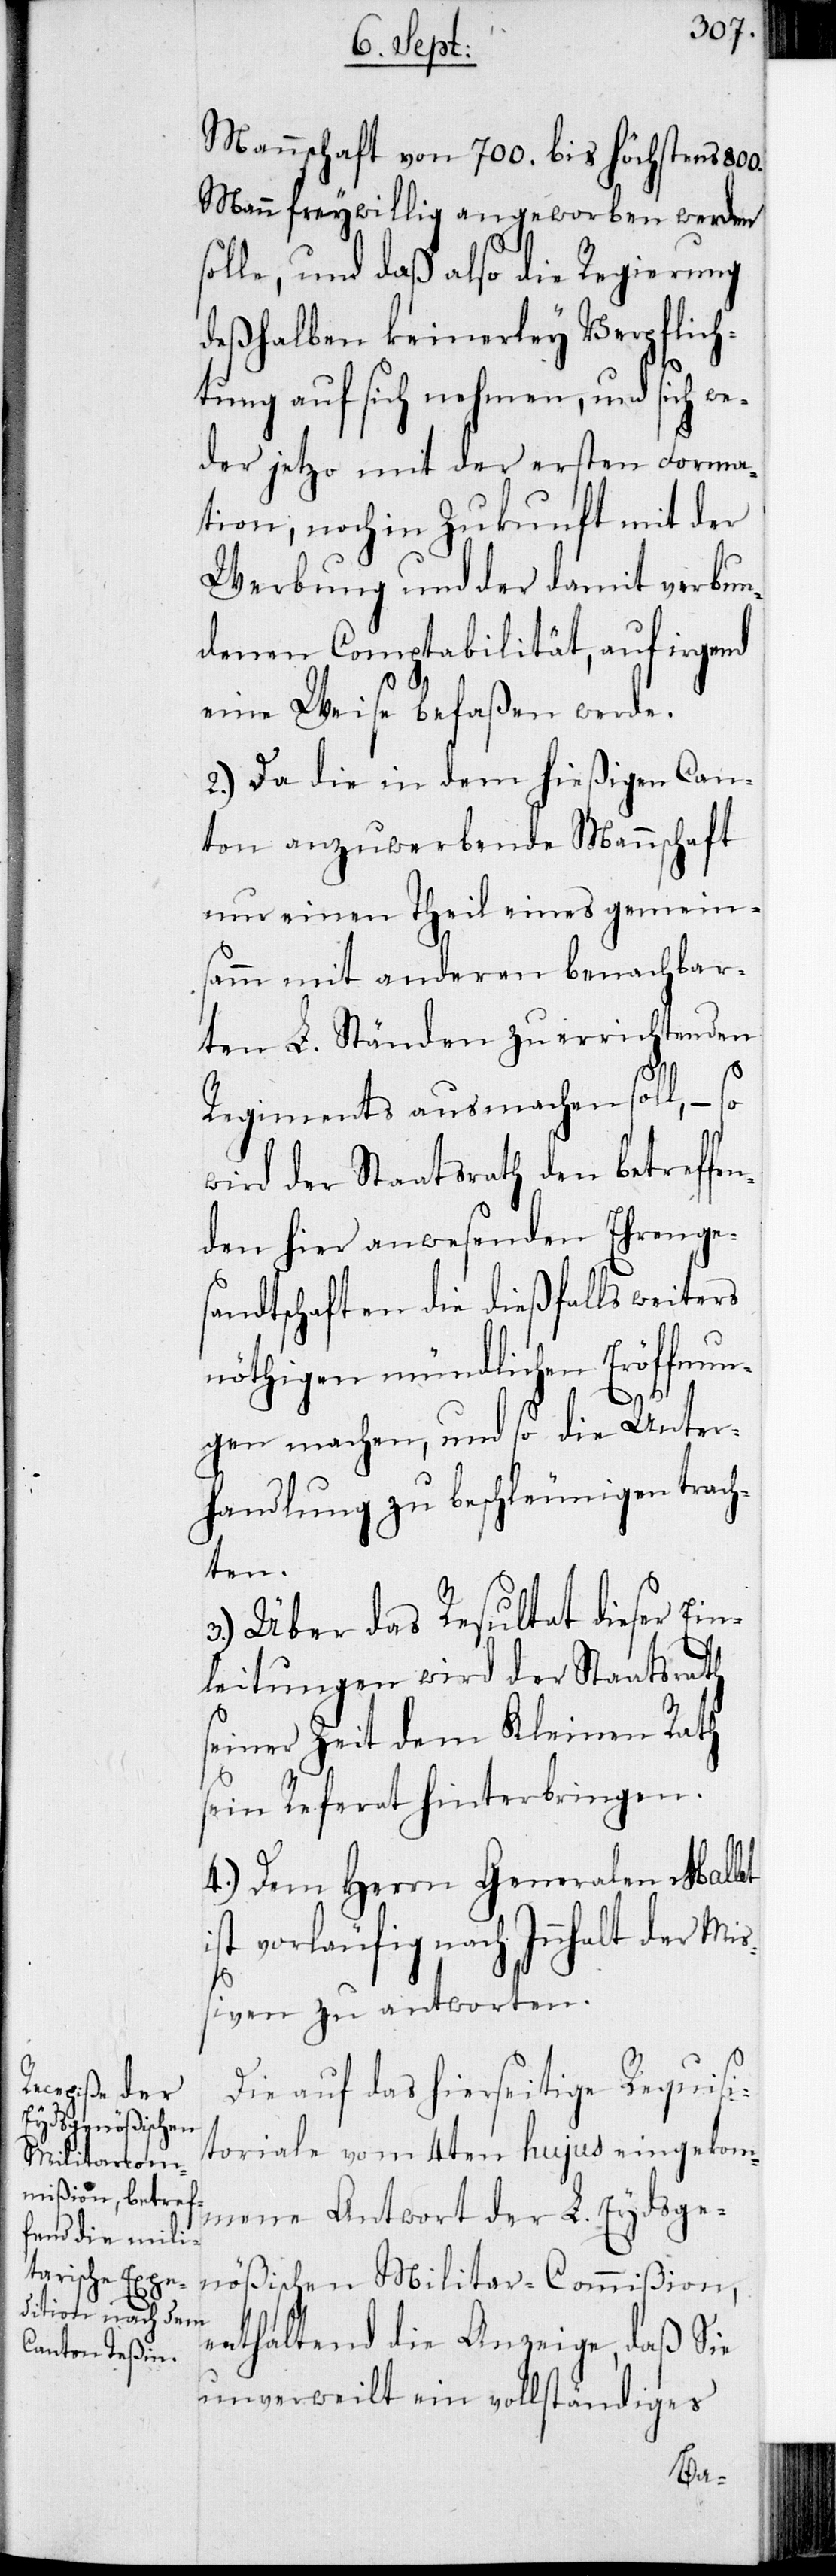
Mannschaft von 700. bis höchstens 800.
Mann freywillig angeworben werden
solle, und daß also die Regierung
deßhalben keinerley Verpflich¬
tung auf sich nehmen, und sich we¬
der jetzo mit der ersten Forma¬
tion, noch in Zukunft mit der
Werbung und der damit verbun¬
denen Comptabilität, auf irgend
eine Weise befaßen werde.
2.) Da die in dem hießigen Can¬
ton anzuwerbende Mannschaft
nur einen Theil eines gemein¬
samm mit anderen benachbar¬
ten L. Ständen zu errichtenden
Regiments ausmachen soll, – so
wird der Staatsrath den betreffen¬
den hier anwesenden Ehrenge¬
sandtschaften die dießfalls weiters
nöthigen mündlichen Eröffnun¬
gen machen, und so die Unter¬
handlung zu beschleunigen trach¬
ten.
3.) Über das Resultat dieser Ein¬
leitungen wird der Staatsrath
seiner Zeit dem Kleinen Rath
sein Referat hinterbringen.
4.) Dem Herrn Generalen Mallet
ist vorläufig nach Innhalt der Mi¬
ßiven zu antworten.
Die auf das hierseitige Requisi¬
toriale vom 4ten hujus eingekom¬
mene Antwort der L. Eydsge¬
nößischen Militar-Commißion,
enthaltend die Anzeige, daß Sie
unverweilt ein vollständiges